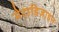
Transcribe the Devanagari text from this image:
मेटाडिज़ाइन